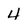
Character: 4